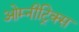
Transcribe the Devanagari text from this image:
ओम्नीट्रिक्स